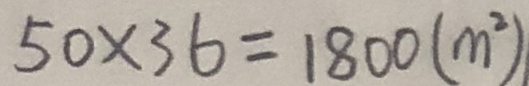
5 0 \times 3 6 = 1 8 0 0 ( m ^ { 2 } )